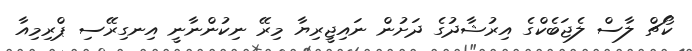
ކޯޗް ލާސް ލެޖަބެކްގެ އިރުޝާދުގެ ދަށުން ނައިޖީރިޔާ މިރޭ ނިކުންނާނީ އިނގިރޭސި ޕްރިމިއާ